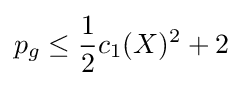
p_{g}\leq {\frac {1}{2}}c_{1}(X)^{2}+2